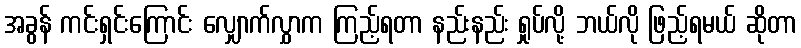
အခွန် ကင်းရှင်းကြောင်း လျှောက်လွှာက ကြည့်ရတာ နည်းနည်း ရှုပ်လို့ ဘယ်လို ဖြည့်ရမယ် ဆိုတာ